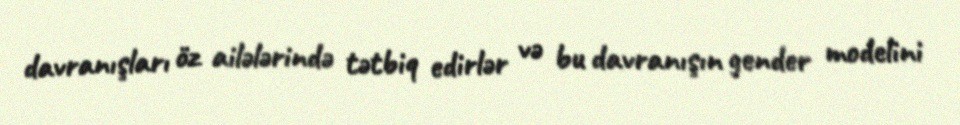
davranışları öz ailələrində tətbiq edirlər və bu davranışın gender modelini